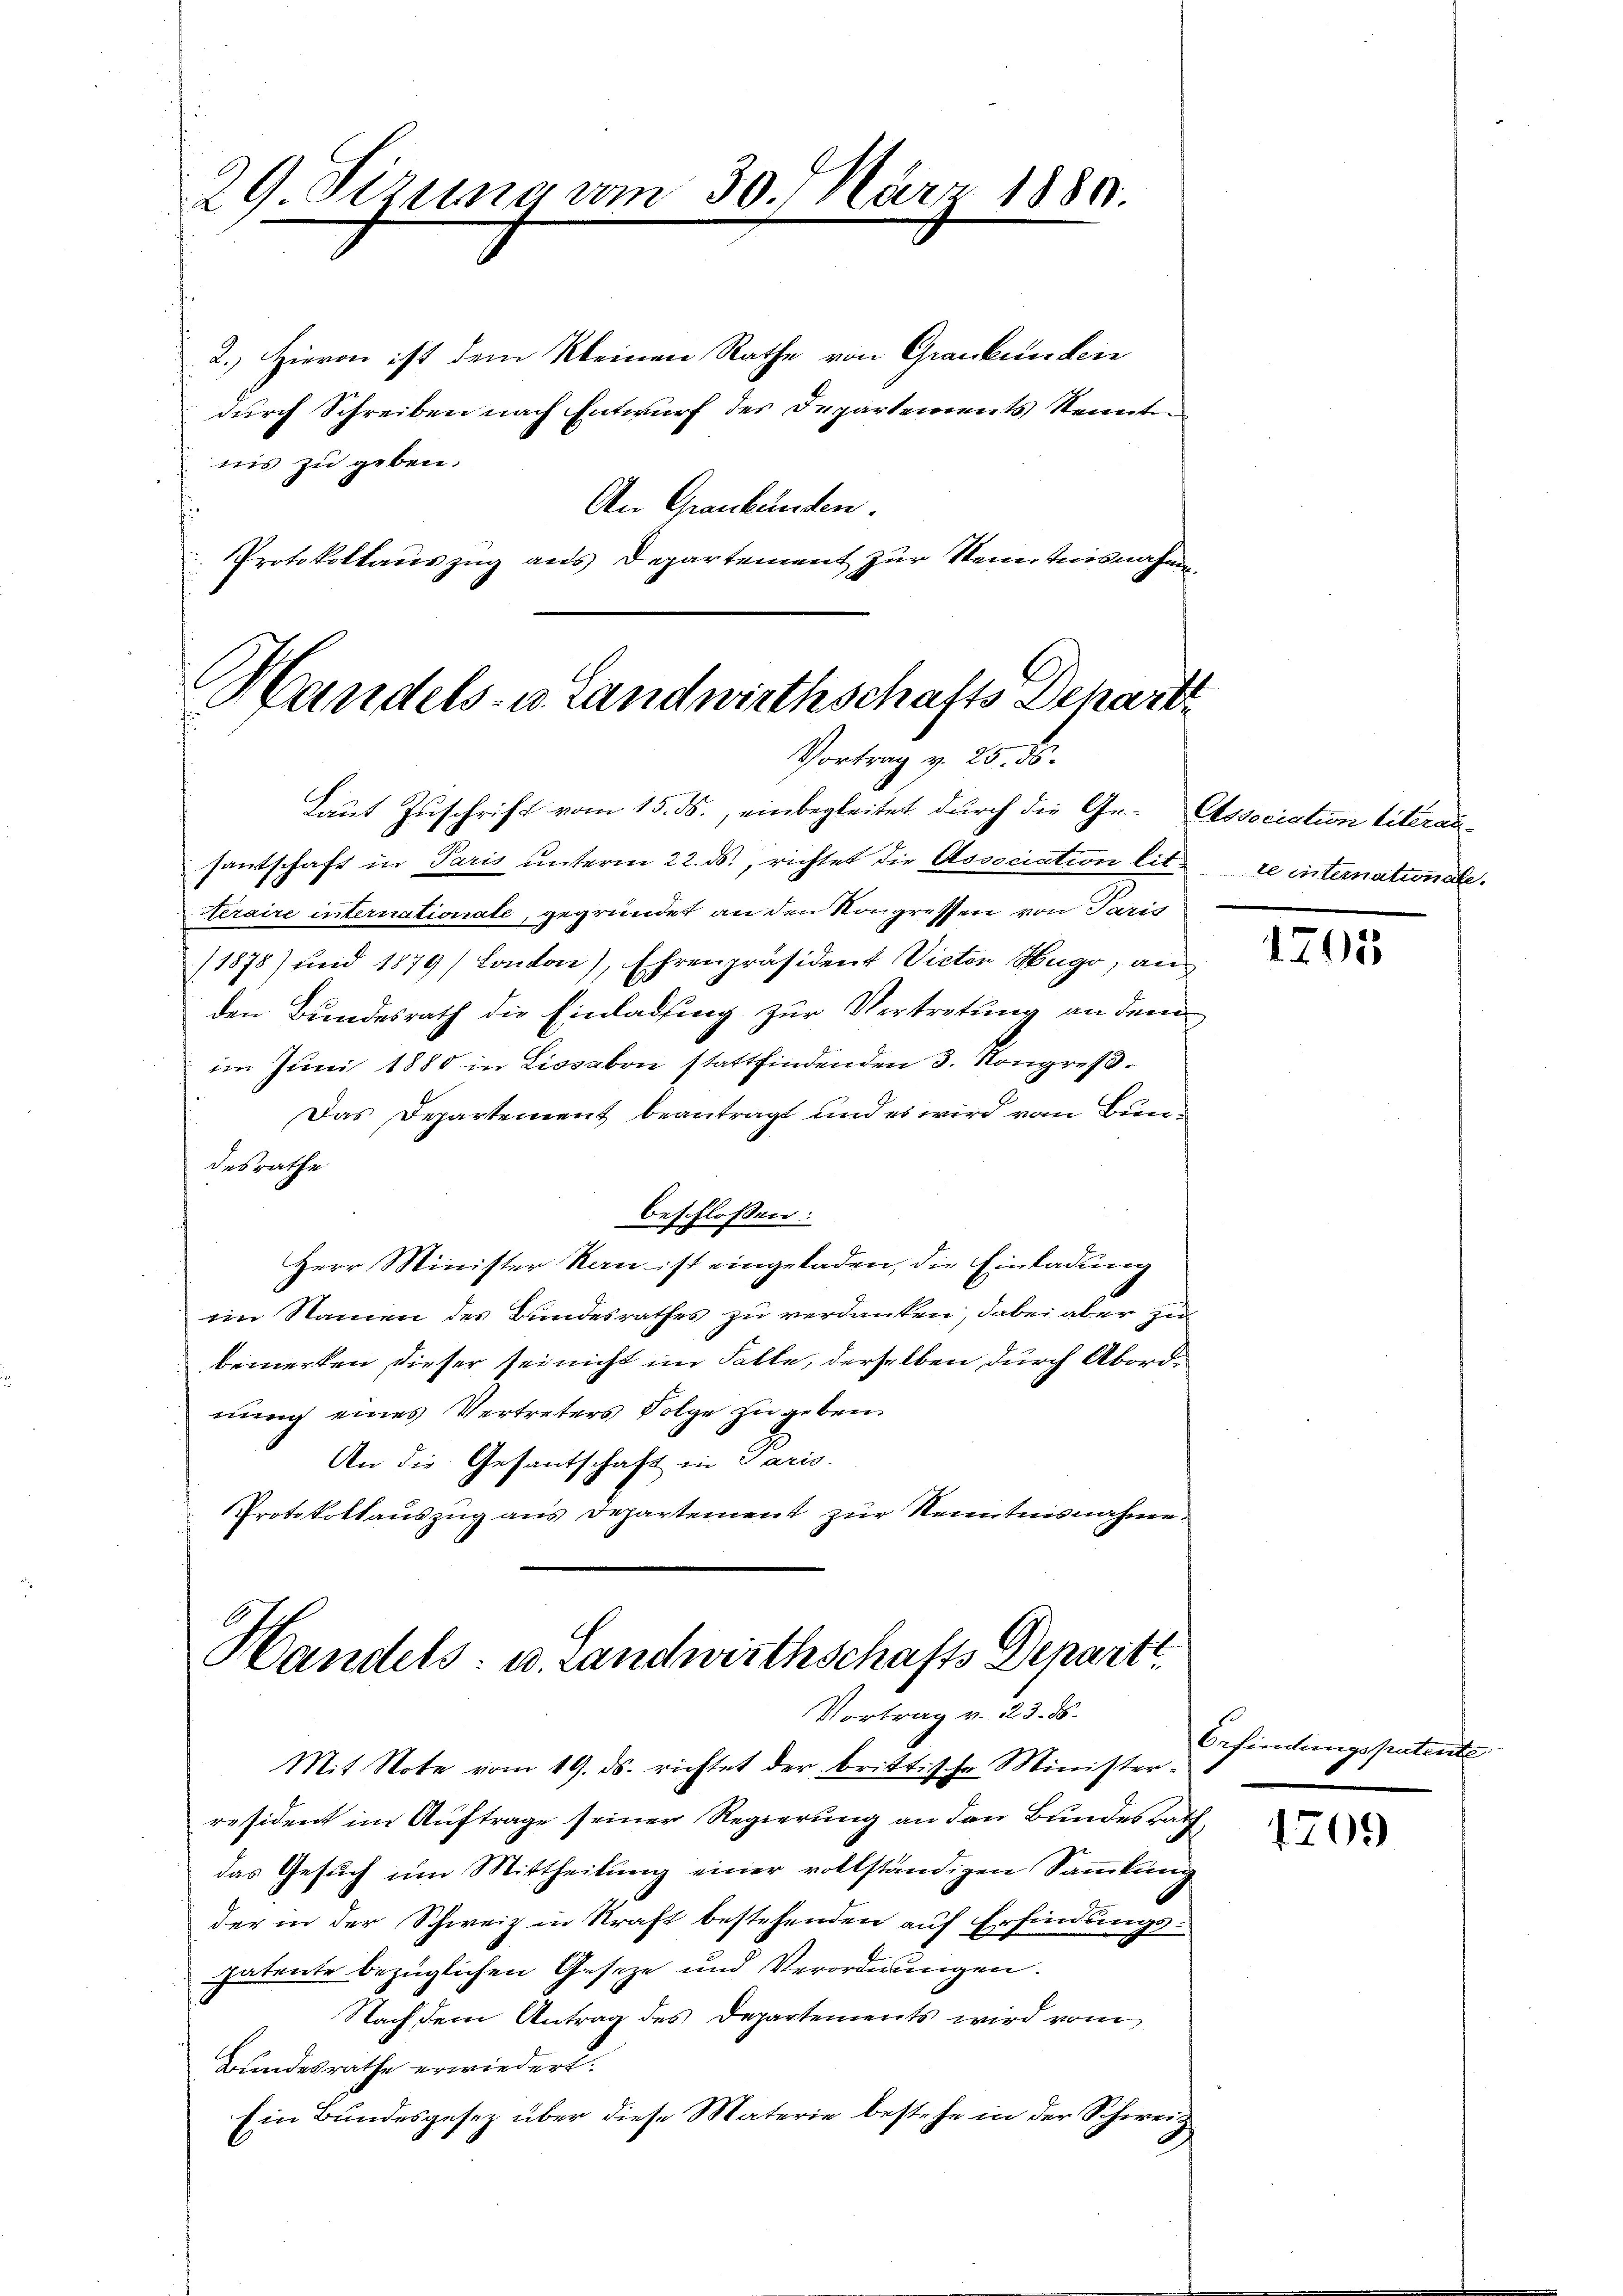
29 Sizung vom 30. März 1889.

2.) Hievon ist dem Kleinen Rathe von Grankunden
durch Schreiben nach Entwurf der Departements Kennt
nis zu geben.
An Graubünden.
Protokollaŭszŭg ans Departement zŭr Kenntnisnahmen

C
Handels- u. Landwirthschafts Depart
Vortrag v. 25. ds.

Laut Zuschrift vom 15. ds., einbegleitet durch die Ge- Elssociation literansantschaft in Paris unterm 22. ds., richtet die Association bit¬
Seraire internationate, gegründet an den Kongressen von Parig
/1878) und 1879) Conton), Ehrenpräsident Victor Hugo, an
den Bundesrath die Einladung zur Vertretung an dem
im Juni 1880 in Lissabon stattfindenden 3. Kongress
Das Departement beantragt und es wird vom Bundesrathe
beschlossen:
Herr Minister kan ist eingeladen, die Einladung
ein Namen des Bundesrathes zu verdanken, dabei aber zu
bemerken, dieser sei nicht im Falle, derselben durch Abordnung eines Vertreters Folge zu geben
An die Gesantschaft in Paris.
Protokottauszug aus Departement zur Kenntnisnahme.

Handels- u. Landwirthschafts Departe
Vortrag v. 23. d.

Mit Note vom 19. ds. richtet der brittische Ministerräsident im Auftrage seiner Regierung an den Bundes Rath
das Gesuch um Mittheilung einer vollständigen Sammlung
der in der Schweiz in Kraft bestehenden auf Erfindungspatente bezüglichen Geseze und Verordnungen.
Nach dem Antrag des Departements wird vom
Bundesrathe erwiedert.
Ein Bundesgesez über diese Materie bestehe in der Schweiz

te internationale.

1705

Erfindungspatente

1709